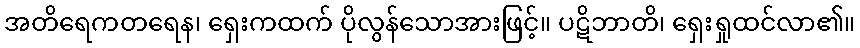
အတိရေကတရေန၊ ရှေးကထက် ပိုလွန်သောအားဖြင့်။ ပဋိဘာတိ၊ ရှေးရှုထင်လာ၏။